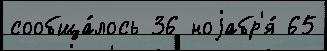
сообща́лось 36 ноjабр'я́ 65